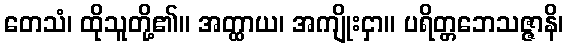
တေသံ၊ ထိုသူတို့၏။ အတ္ထာယ၊ အကျိုးငှာ။ ပရိတ္တဘေသဇ္ဇာနိ၊